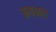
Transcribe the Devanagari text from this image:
अश्वादि